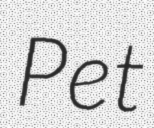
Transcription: Pet